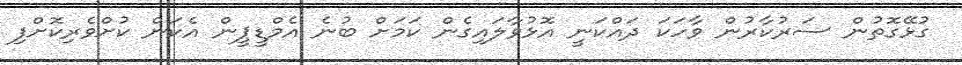
ގުޅޭގޮތުން ސަރުކާރުން ވާހަކަ ދައްކަނީ އޮޅުވާލައިގެން ކަމަށް ބުނެ އެމްޑީޕީން އެކަން ކުށްވެރިކޮށްފި